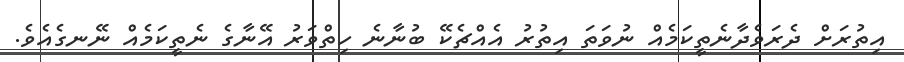
އިތުރަށް ދެރަވެދާނެތީކަމެއް ނުވަތަ އިތުރު އެއްޗެކޭ ބުނާނެ ހިތްވަރު އޭނާގެ ނެތީކަމެއް ނޭނގެއެވެ.